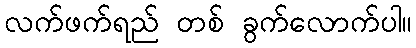
လက်ဖက်ရည် တစ် ခွက်လောက်ပါ။